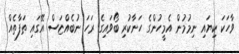
ވާހަކަ ކިޔައި ނިމުމުން އެމީހުންގެ ހަނާކުރި ބޯވައިގެ ރަހަ ނުބެއްޏަސް އޭގައި ތަފާތެއް